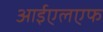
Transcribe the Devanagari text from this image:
आईएलएफ